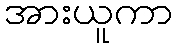
အားယူကာ